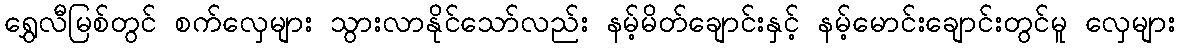
ရွှေလီမြစ်တွင် စက်လှေများ သွားလာနိုင်သော်လည်း နမ့်မိတ်ချောင်းနှင့် နမ့်မောင်းချောင်းတွင်မူ လှေများ